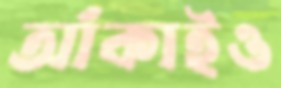
আঁকাইও